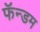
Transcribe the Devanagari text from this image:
फॅन्डम